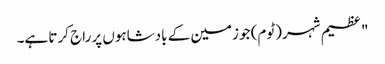
" عظیم شہر (ٹوم) جو زمین کے بادشاہوں پر راج کرتا ہے۔